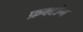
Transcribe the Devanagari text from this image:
फ्रक्टोग